Report on sanitation, dispensaries, and jails in Rajputana for 1913, and on vaccination for the year 1913-1914 - 1913-1914
Year: 1913
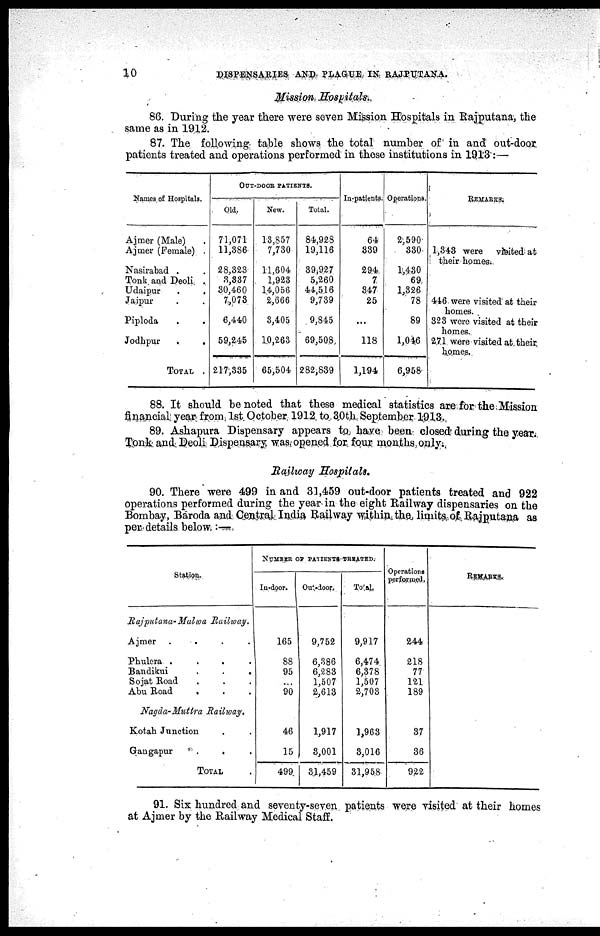
10
DISPENSARIES AND PLAGUE IN RAJPUTANA.
Mission Hospitals.
86. During the year there were seven Mission Hospitals in Rajputana, the
same as in 1912.
87. The following table shows the total number of in and out-door
patients treated and operations performed in these institutions in 1913:—
Names of Hospitals.
Ajmer (Male) .
Ajmer (Female) .
Nasirabad . .
Tonk and Deoli .
Udaipur
.
.
Jaipur. .
Piploda . .
Jodhpur
.
.
TOTAL .
OUT-DOOR PATIENTS.
Old.
71,071
11,386
28,323
3,337
30,460
7,073
6,440
59,245
217,335
New.
13,857
7,730
11,604
1,923
14,056
2,666
3,405
10,263
65,504
Total.
84,928
19,116
39,927
5,260
44,516
9,739
9,845
69,508
282,839
In-patients.
64
839
294
7
347
25
...
118
1,194
Operations.
2,590
330
1,430
69
1,326
78
89
1,046
6,958
REMARKS.
1,343 were visited at
their homes.
446 were visited at their
homes.
323 were visited at their
homes.
271 were visited at their
homes.
88. It should be noted that these medical statistics are for the Mission
financial year from 1st October 1912 to 30th September 1913.
89. Ashapura Dispensary appears to have been closed during the year.
Tonk and Deoli Dispensary was opened for four months only.
Railway Hospitals.
90. There were 499 in and 31,459 out-door patients treated and 922
operations performed during the year in the eight Railway dispensaries on the
Bombay, Baroda and Central India Railway within the limits of Rajputana as
per details below:—
Station.
Rajputana-Malwa
Railway.
Ajmer . . . .
Phulera
.
.
.
.
Bandikui.
.
.
.
Sojat Road . . . .
Abu Road . . . .
Nagda- Muttra Railway.
Kotah Junction . .
Gangapur . . . . .
TOTAL .
NUMBER OF PATIENTS-TREATED.
In-door.
165
88
95
...
90
46
15
499
Out-door.
9,752
6,386
6,283
1,507
2,613
1,917
3,001
31,459
Total.
9,917
6,474
6,378
1,507
2,703
1,963
3,016
31,958
Operations
performed.
244
218
77
121
189
37
36
922
REMARKS.
91. Six hundred and seventy-seven patients were visited at their homes
at Ajmer by the Railway Medical Staff.